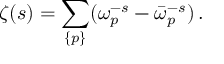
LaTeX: \zeta ( s ) = \sum _ { \{ p \} } ( \omega _ { p } ^ { - s } - \bar { \omega } _ { p } ^ { - s } ) \, { . }